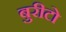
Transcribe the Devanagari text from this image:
बुरीटो